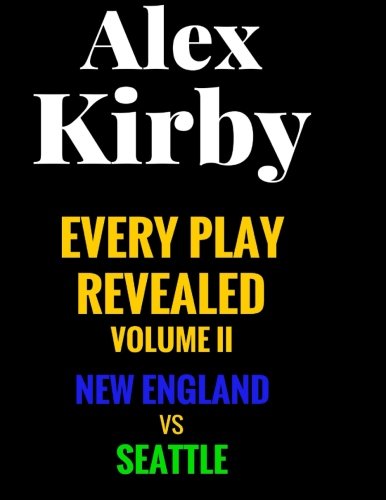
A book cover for New England vs Seattle (Every Play Revealed) (Volume 2); Alex Kirby; Sports & Outdoors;